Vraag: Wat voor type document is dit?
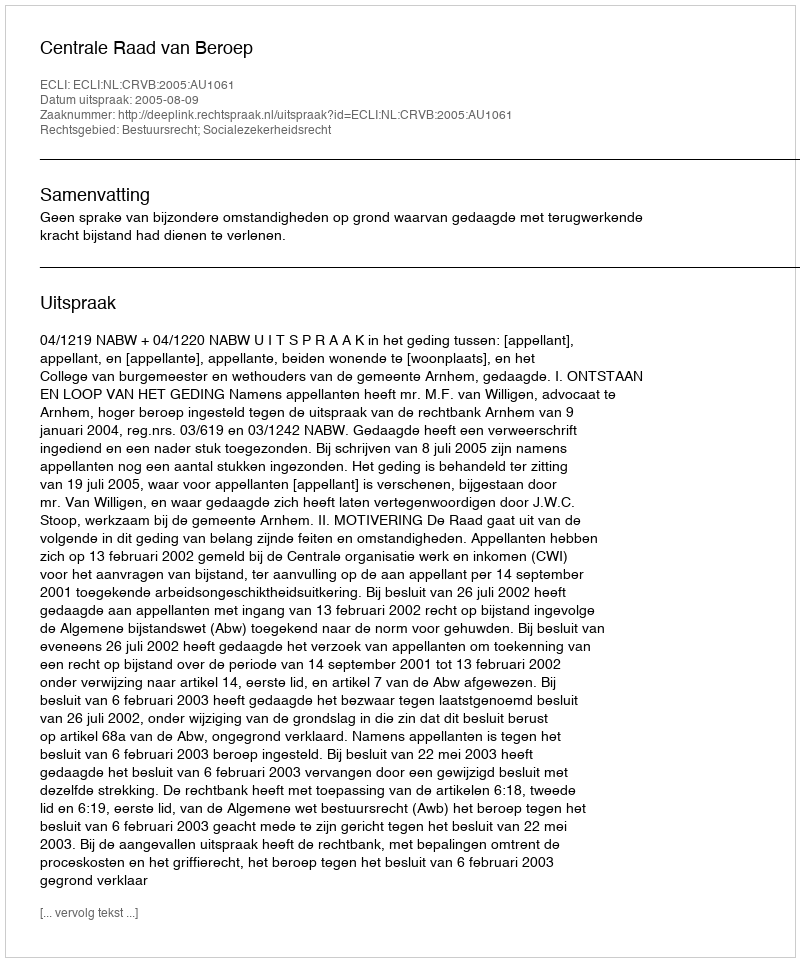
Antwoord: Uitspraak